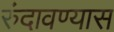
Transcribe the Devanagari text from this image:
रुंदावण्यास